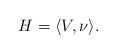
LaTeX: \begin{align*} H=\langle V,\nu\rangle.\end{align*}